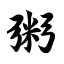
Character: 粥